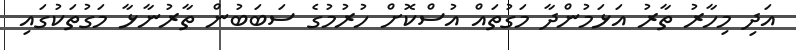
އަދި މިހާރު ތާރު އަޅަމުންދާ މަގުތައް އުސްކޮށް ހުރުމުގެ ސަބަބުން ތާރުނާޅާ މަގުތަކުގައި